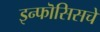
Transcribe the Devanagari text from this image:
इन्फॊसिसचे